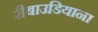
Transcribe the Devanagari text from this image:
रीबाउडियाना